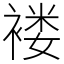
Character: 褛